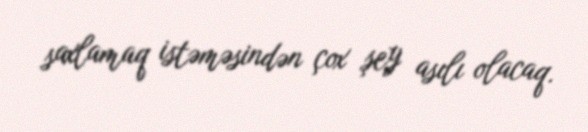
saxlamaq istəməsindən çox şey asılı olacaq.